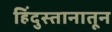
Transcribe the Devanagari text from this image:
हिंदुस्तानातून